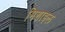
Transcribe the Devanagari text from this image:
मिशाइल